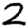
Digit: 2